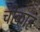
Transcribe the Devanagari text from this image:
चीकाह